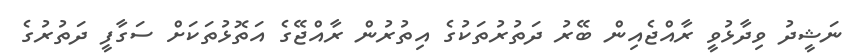
ނަޝީދު ވިދާޅުވީ ރާއްޖެއިން ބޭރު ދަތުރުތަކުގެ އިތުރުން ރާއްޖޭގެ އަތޮޅުތަކަށް ސަގާފީ ދަތުރުގެ